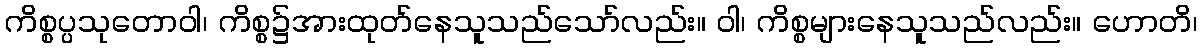
ကိစ္စပ္ပသုတောဝါ၊ ကိစ္စ၌အားထုတ်နေသူသည်သော်လည်း။ ဝါ၊ ကိစ္စများနေသူသည်လည်း။ ဟောတိ၊